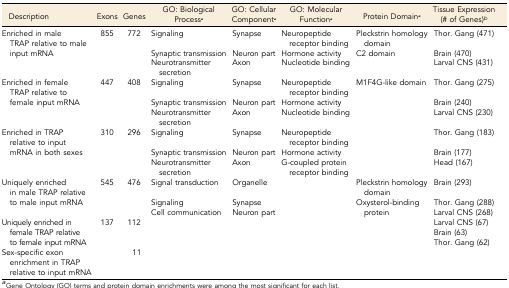
| Description | Exons | Genes | GO: Biological Processa | GO: Cellular Componenta | GO: Molecular Functiona | Protein Domaina | Tissue Expression (# of Genes)b |
 | --- | --- | --- | --- | --- | --- | --- | --- |
 | <ROWSPAN=3> Enriched in male TRAP relative to male input mRNA | <ROWSPAN=3> 855 | <ROWSPAN=3> 772 | Signaling | Synapse | Neuropeptide receptor binding | Pleckstrin homology domain | Thor. Gang (471) |
 | Synaptic transmission | Neuron part | Hormone activity | <ROWSPAN=2> C2 domain | Brain (470) |
 | Neurotransmitter secretion | Axon | Nucleotide binding | Larval CNS (431) |
 | <ROWSPAN=3> Enriched in female TRAP relative to female input mRNA | <ROWSPAN=3> 447 | <ROWSPAN=3> 408 | Signaling | Synapse | Neuropeptide receptor binding | <ROWSPAN=3> M1F4G-like domain | Thor. Gang (275) |
 | Synaptic transmission | Neuron part | Hormone activity | Brain (240) |
 | Neurotransmitter secretion | Axon | Nucleotide binding | Larval CNS (230) |
 | <ROWSPAN=3> Enriched in TRAP relative to input mRNA in both sexes | <ROWSPAN=3> 310 | <ROWSPAN=3> 296 | Signaling | Synapse | Neuropeptide receptor binding | <ROWSPAN=3>  | Thor. Gang (183) |
 | Synaptic transmission | Neuron part | Hormone activity | Brain (177) |
 | Neurotransmitter secretion | Axon | G-coupled protein receptor binding | Head (167) |
 | <ROWSPAN=3> Uniquely enriched in male TRAP relative to male input mRNA | <ROWSPAN=3> 545 | <ROWSPAN=3> 476 | Signal transduction | Organelle | <ROWSPAN=3>  | Pleckstrin homology domain | Brain (293) |
 | Signaling | Synapse | <ROWSPAN=2> Oxysterol-binding protein | Thor. Gang (288) |
 | Cell communication | Neuron part | Larval CNS (268) |
 | <ROWSPAN=3> Uniquely enriched in female TRAP relative to female input mRNA | <ROWSPAN=3> 137 | <ROWSPAN=3> 112 | <ROWSPAN=3>  | <ROWSPAN=3>  | <ROWSPAN=3>  | <ROWSPAN=3>  | Larval CNS (67) |
 | Brain (63) |
 | Thor. Gang (62) |
 | Sex-specific exon enrichment in TRAP relative to input mRNA |  | 11 |  |  |  |  |  |